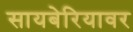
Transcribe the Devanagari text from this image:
सायबेरियावर